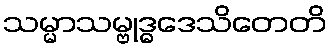
သမ္မာသမ္ဗုဒ္ဓဒေသိတေတိ